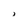
Character: 1